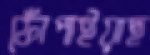
ফোঁপাইয়াছ